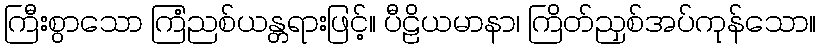
ကြီးစွာသော ကြံညစ်ယန္တရားဖြင့်။ ပီဠိယမာနာ၊ ကြိတ်ညှစ်အပ်ကုန်သော။